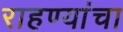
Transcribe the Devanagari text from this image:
राहण्यांचा